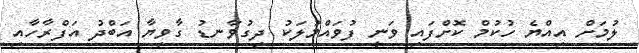
ލުމަށް އިއްޔެ ހުކުމް ކޮށްފައި ވަނީ ފުވައްމުލަކު ދިގުވާނޑު ގާވިޔާ އަބްދު އަފްރާހާއި